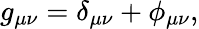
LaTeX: g_{\mu\nu}=\delta_{\mu\nu}+\phi_{\mu\nu},